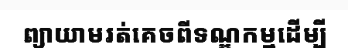
ព្យាយាមរត់គេចពីទណ្ឌកម្មដើម្បី